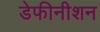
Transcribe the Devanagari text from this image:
डेफीनीशन